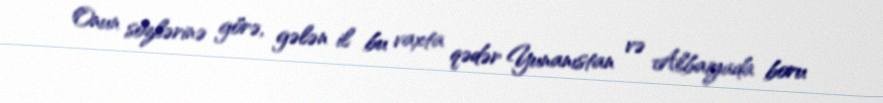
Onun sözlərinə görə, gələn il bu vaxta qədər Yunanıstan və Albaiyada boru